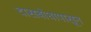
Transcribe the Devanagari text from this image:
दासबोधापासून